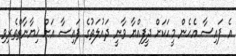
އެ ފައިސާ އެހެން މީހަކަށް ދީފިއްޔާ ވާނީ ދައުލަތުގެ ފައިސާ އަށް ޚިޔާނާތްތެރިވި